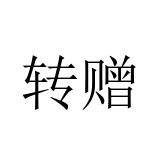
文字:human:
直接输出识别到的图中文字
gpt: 转赠